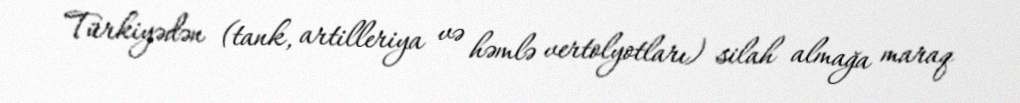
Türkiyədən (tank, artilleriya və həmlə vertolyotları) silah almağa maraq